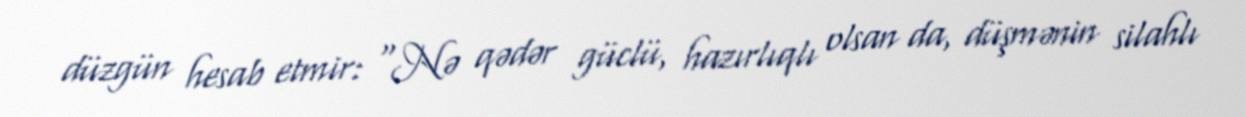
düzgün hesab etmir: “Nə qədər güclü, hazırlıqlı olsan da, düşmənin silahlı